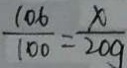
\frac { 1 0 6 } { 1 0 0 } = \frac { x } { 2 0 g }